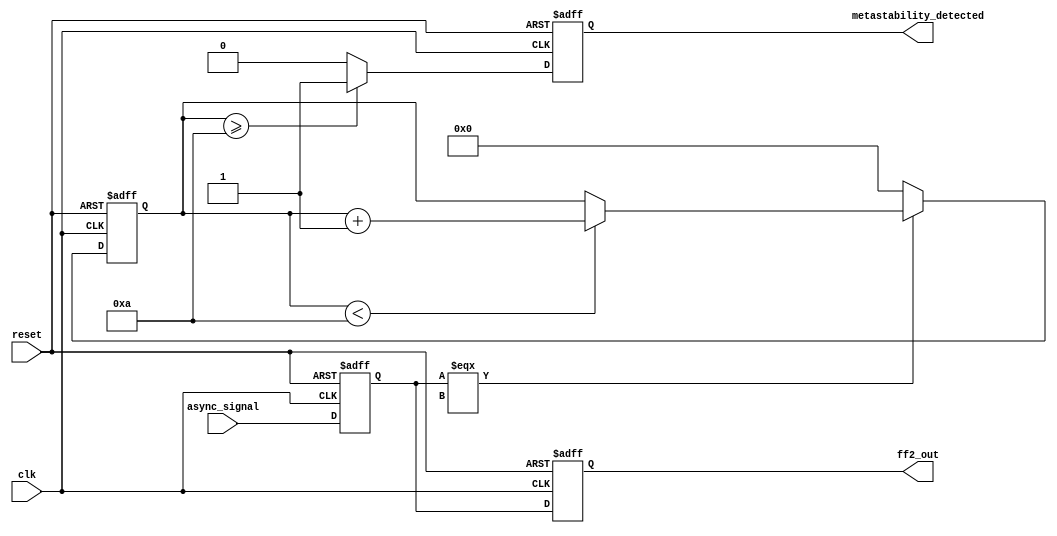
module metastability_detector (
    input wire clk,                  // Clock signal
    input wire async_signal,         // Asynchronous input signal
    input wire reset,                // Reset signal
    output reg metastability_detected, // Metastability detection flag
    output reg ff2_out              // Synchronized output signal
);
    reg ff1_out;                     // Output of first D flip-flop
    reg [3:0] metastability_counter;  // Counter to track metastability duration

    // Parameters for metastability detection
    parameter METASTABILITY_THRESHOLD = 4'd10; // Threshold for metastability detection

    // D Flip-Flop 1
    always @(posedge clk or posedge reset) begin
        if (reset) begin
            ff1_out <= 1'b0;
            metastability_counter <= 4'd0;
            metastability_detected <= 1'b0;
        end else begin
            ff1_out <= async_signal;
            
            // Check if the output of ff1 is neither stable high nor stable low
            if (ff1_out === 1'bx) begin
                // Increment the metastability counter
                if (metastability_counter < METASTABILITY_THRESHOLD) begin
                    metastability_counter <= metastability_counter + 1'b1;
                end
            end else begin
                // Reset counter if stable
                metastability_counter <= 4'd0;
            end
            
            // Check if the counter exceeds the threshold
            if (metastability_counter >= METASTABILITY_THRESHOLD) begin
                metastability_detected <= 1'b1; // Assert metastability detected
            end else begin
                metastability_detected <= 1'b0; // Clear metastability detected
            end
        end
    end

    // D Flip-Flop 2
    always @(posedge clk or posedge reset) begin
        if (reset) begin
            ff2_out <= 1'b0;
        end else begin
            ff2_out <= ff1_out; // Capture output of ff1
        end
    end
endmodule